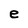
Character: e